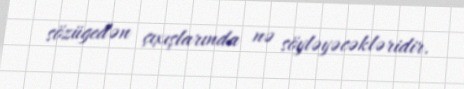
sözügedən çıxışlarında nə söyləyəcəkləridir.